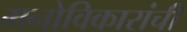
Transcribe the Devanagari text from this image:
मनोविकारांची